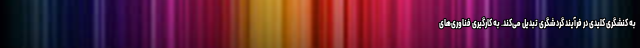
به کنشگری کلیدی در فرآیند گردشگری تبدیل می‌کند. به کار‌گیری فناوری‌های